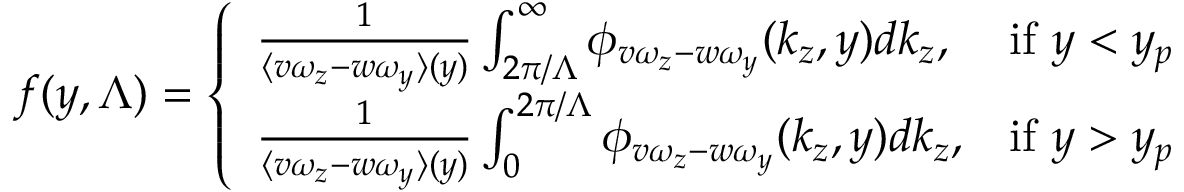
f ( y , \Lambda ) = \left\{ \begin{array} { l l } { \frac { 1 } { \langle v \omega _ { z } - w \omega _ { y } \rangle ( y ) } \int _ { 2 \pi / \Lambda } ^ { \infty } \phi _ { v \omega _ { z } - w \omega _ { y } } ( k _ { z } , y ) d k _ { z } , } & { \mathrm { i f ~ } y < y _ { p } } \\ { \frac { 1 } { \langle v \omega _ { z } - w \omega _ { y } \rangle ( y ) } \int _ { 0 } ^ { 2 \pi / \Lambda } \phi _ { v \omega _ { z } - w \omega _ { y } } ( k _ { z } , y ) d k _ { z } , } & { \mathrm { i f ~ } y > y _ { p } } \end{array} \right.